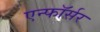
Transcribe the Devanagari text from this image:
एन्फाॅर्सर